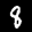
Label: 8